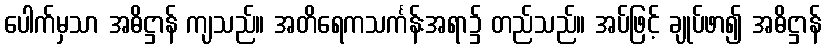
ပေါက်မှသာ အဓိဋ္ဌာန် ကျသည်။ အတိရေကသင်္ကန်းအရာ၌ တည်သည်။ အပ်ဖြင့် ချုပ်ဖာ၍ အဓိဋ္ဌာန်